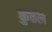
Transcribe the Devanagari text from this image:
कुतल